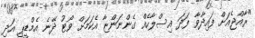
"ރާއްޖެއަށް ފައިދާވާ ފަދަ އިސްލާހެއް ގެންނަންޏާ އެކަމަށް ވޯޓު ދޭނެ އެމްޑީޕީ އަދި